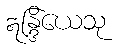
ဣန္ဒြိယေသု